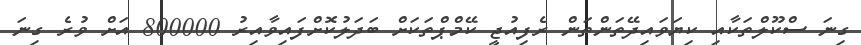
ގިނަ ސްކޫލްތަކާއި ކިޔަވައިދޭތަންތަން ރެފިއުޖީ ކޭމްޕްތަކަށް ބަދަލުކޮށްފައިވާއިރު 800000 އަށް ވުރެ ގިނަ